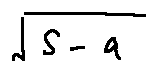
\sqrt { S - a }